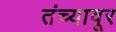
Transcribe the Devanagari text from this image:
तंच्यावूर